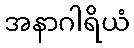
အနာဂါရိယံ